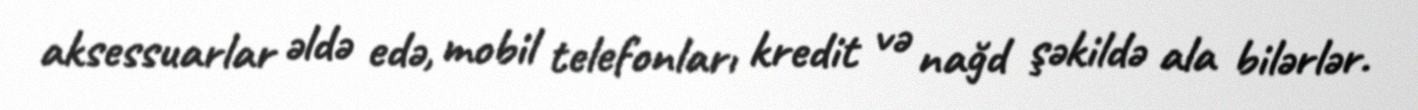
aksessuarlar əldə edə, mobil telefonları kredit və nağd şəkildə ala bilərlər.